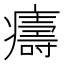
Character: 㿒